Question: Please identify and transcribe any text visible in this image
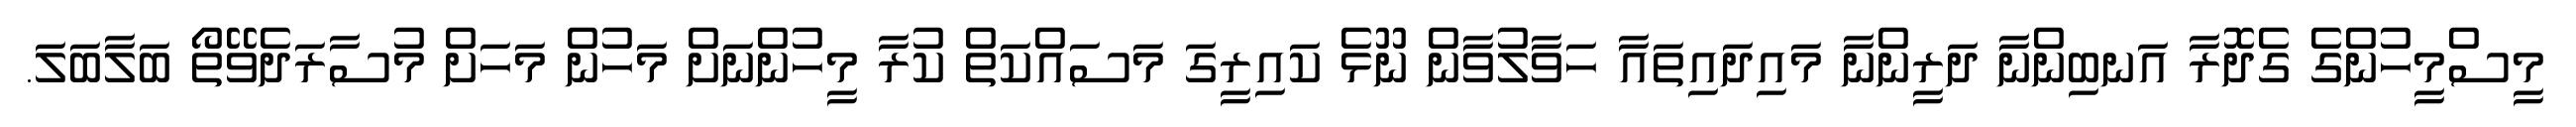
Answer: މީސްމީހުންގެ ގެދޮރާ އަނބިންނާ ދަރީންނާ މައިދައިތައާ ހަވާލުވާން ނޫޅެ ކައިރީގަ މަސައްކަތް ކުރާ މީހުންނަށް މަހުން މަހަށް މުސާރަދެވޭތޯ ބަލާބަލަ.